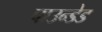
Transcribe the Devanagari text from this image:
पाउन्डेड